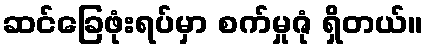
ဆင်ခြေဖုံးရပ်မှာ စက်မှုဇုံ ရှိတယ်။